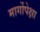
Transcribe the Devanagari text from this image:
मार्गोपेक्षा